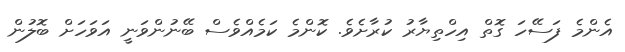
އެންމެ ފަސޭހަ ގޮތް އިހްތިޔާރު ކުރާށެވެ. ކޮންމެ ކަމެއްވެސް ބޭނުންވަނީ އަވަހަށް ބޮލުން